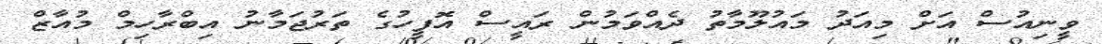
ވީނިއުސް އަށް މިއަދު މައުލޫމާތު ދެއްވަމުން ރައީސް އޮފީހުގެ ތަރުޖަމާނު އިބްރާހިމް މުއާޒް